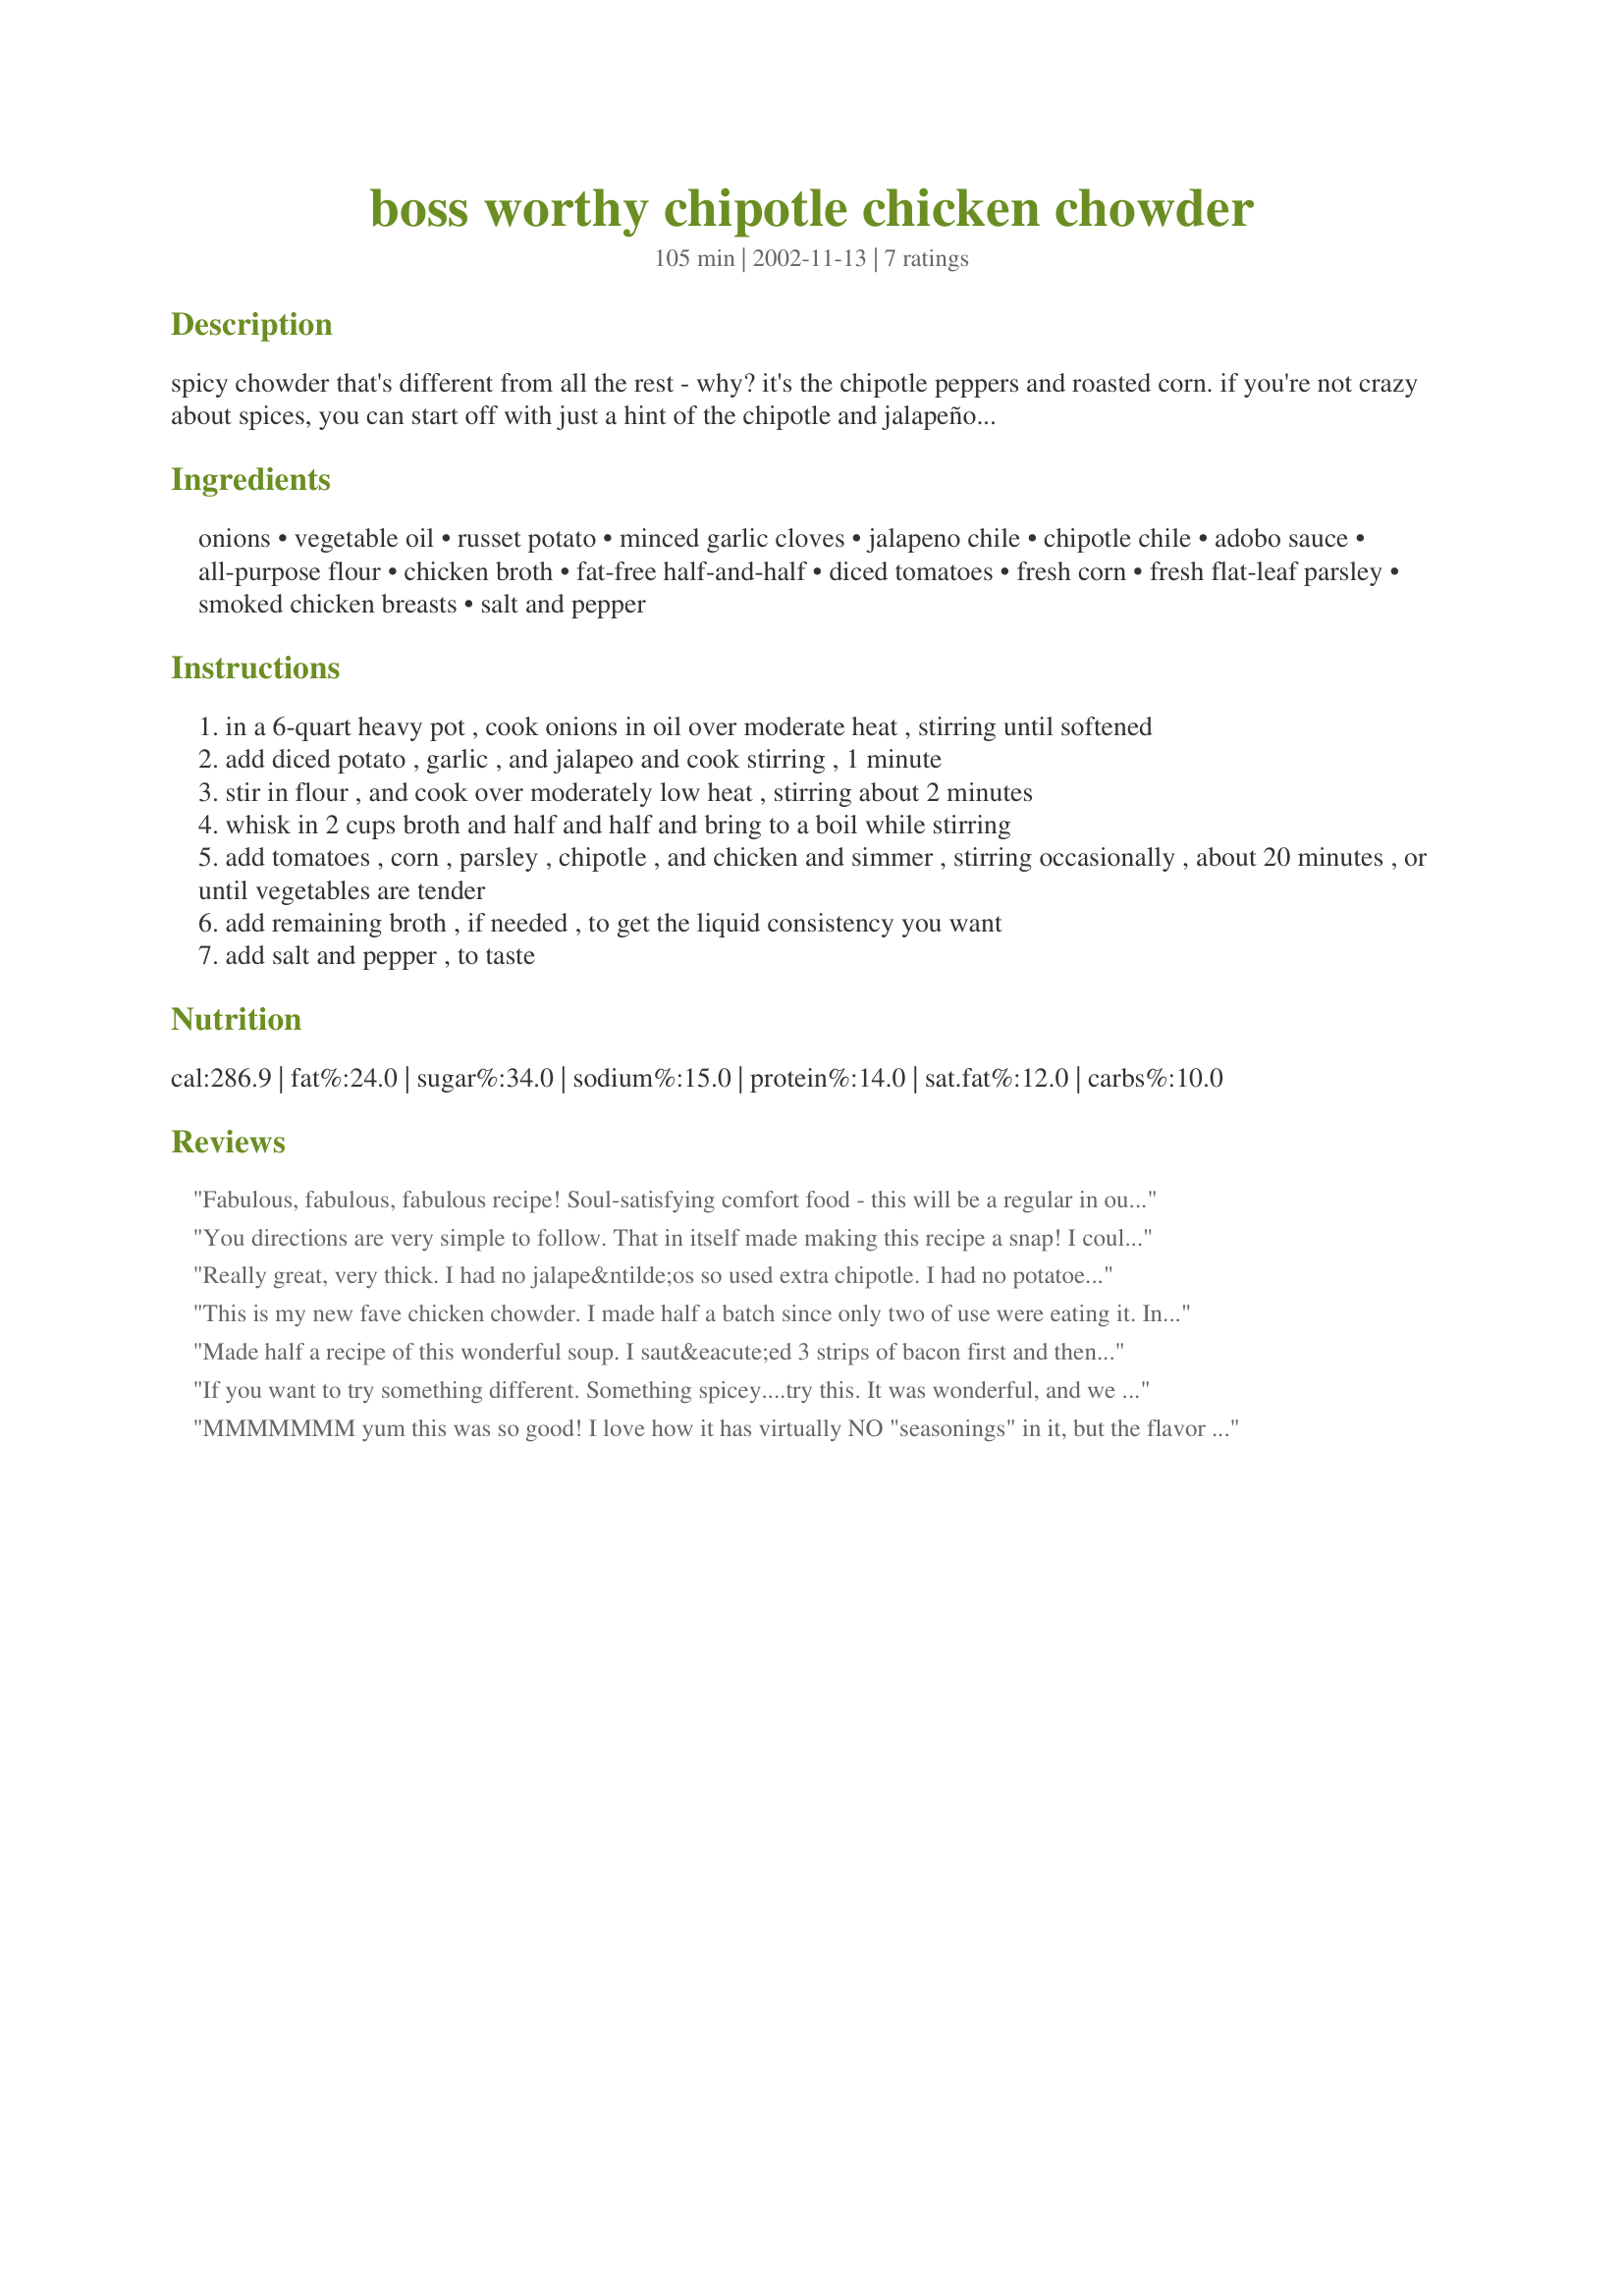
boss worthy chipotle chicken chowder
Preparation time: 105 minutes

spicy chowder that's different from all the rest - why? it's the chipotle peppers and roasted corn. if you're not crazy about spices, you can start off with just a hint of the chipotle and jalapeño and add more later, if you like. this is one of our favorite recipes; i even served this to my boss and my boss' boss when they came to my home for a departmental cookout (nervy, huh?)! adapted from a gourmet recipe.

Ingredients:
onions, vegetable oil, russet potato, minced garlic cloves, jalapeno chile, chipotle chile, adobo sauce, all-purpose flour, chicken broth, fat-free half-and-half, diced tomatoes, fresh corn, fresh flat-leaf parsley, smoked chicken breasts, salt and pepper

Steps:
in a 6-quart heavy pot , cook onions in oil over moderate heat , stirring until softened
add diced potato , garlic , and jalapeo and cook stirring , 1 minute
stir in flour , and cook over moderately low heat , stirring about 2 minutes
whisk in 2 cups broth and half and half and bring to a boil while stirring
add tomatoes , corn , parsley , chipotle , and chicken and simmer , stirring occasionally , about 20 minutes , or until vegetables are tender
add remaining broth , if needed , to get the liquid consistency you want
add salt and pepper , to taste

Reviews:
Fabulous, fabulous, fabulous recipe! Soul-satisfying comfort food - this will be a regular in our home. Thanks so much for sharing!
You directions are very simple to follow. That in itself made making this recipe a snap! I couldn't find smoked chicken and I couldn't get my idea for homemade to work so I used smoked turkey breast. I also used 1 1/2 fresh jalapenos, about 4 or 5 chipotles and I didn't drain my tomatoes. I ate a bowl of it plain, then stirred in a few slices of pepperjack cheese and about a tablespoon of finely chopped cilantro. The soup was really awesome without the changes and that is what I am basing the 5 stars on. (although it was really good with the changes too) I only have one little complaint that is easily fixed. I think 1/4 cup oil is a bit much. I had a thin layer of it floating on top of the soup during cookng. I think I will cut the oil back to about 2 tablespoons. Other than that,this a very spicy, soul warming soup that I will make for many many years to come. Thanks for posting it
Really great, very thick. I had no jalape&ntilde;os so used extra chipotle. I had no potatoes so used a large yam. I pan roasted canned corn and then &quot;pan smoked&quot; chicken breasts in a little liquid smoke. Much better the next day but really awesome the first day too. Next time I will leave out the flour. I think the yams/potatoes might thicken it enough. Thanks for posting.
This is my new fave chicken chowder. I made half a batch since only two of use were eating it. Increased the chipotles to 1 1/2 with a tsp of adobo since I didn't have any jalepenos- and I am a wuss yet it wasn't too spicy for me. I also cut the oil down to 2 tbsp and when it was time to put the flour in I added about 1/2 cup of broth first and heated that up, then added the flour slowly. Only other change I made was to top with a tiny bit of smoked cheddar cheese. I think next time I make this I may add a few slices of smoked bacon to the pot before I cook the onions. This is soooooo good, I love it! Creamy, savory, perfect blending of flavors, definitely boss worthy!
Made half a recipe of this wonderful soup. I saut&eacute;ed 3 strips of bacon first and then added it at the end. So good and yummy at the cold time of year. Loved the chipotle, I always puree and then freeze it so I have it on hand. Used about 1 T.
If you want to try something different. Something spicey....try this. It was wonderful, and we really enjoyed it. I used 2 chipotles because my jalapeno was rather small. I used frozen corn (fresh roasted was not an option now). I bought the smoked chicken at the supermarked deli, and it was good, but homemade will be the way I do it next time. All of the flavors worked together. It was spicey, smokey, and creamy. I will definately be making this again. Thanks for sharing!
MMMMMMM yum this was so good! I love how it has virtually NO "seasonings" in it, but the flavor is amazing! For me, this turned out a little more soupy than chowder, but still great. I used boneless skinless chicken breasts, and barely any oil. Thanks!
